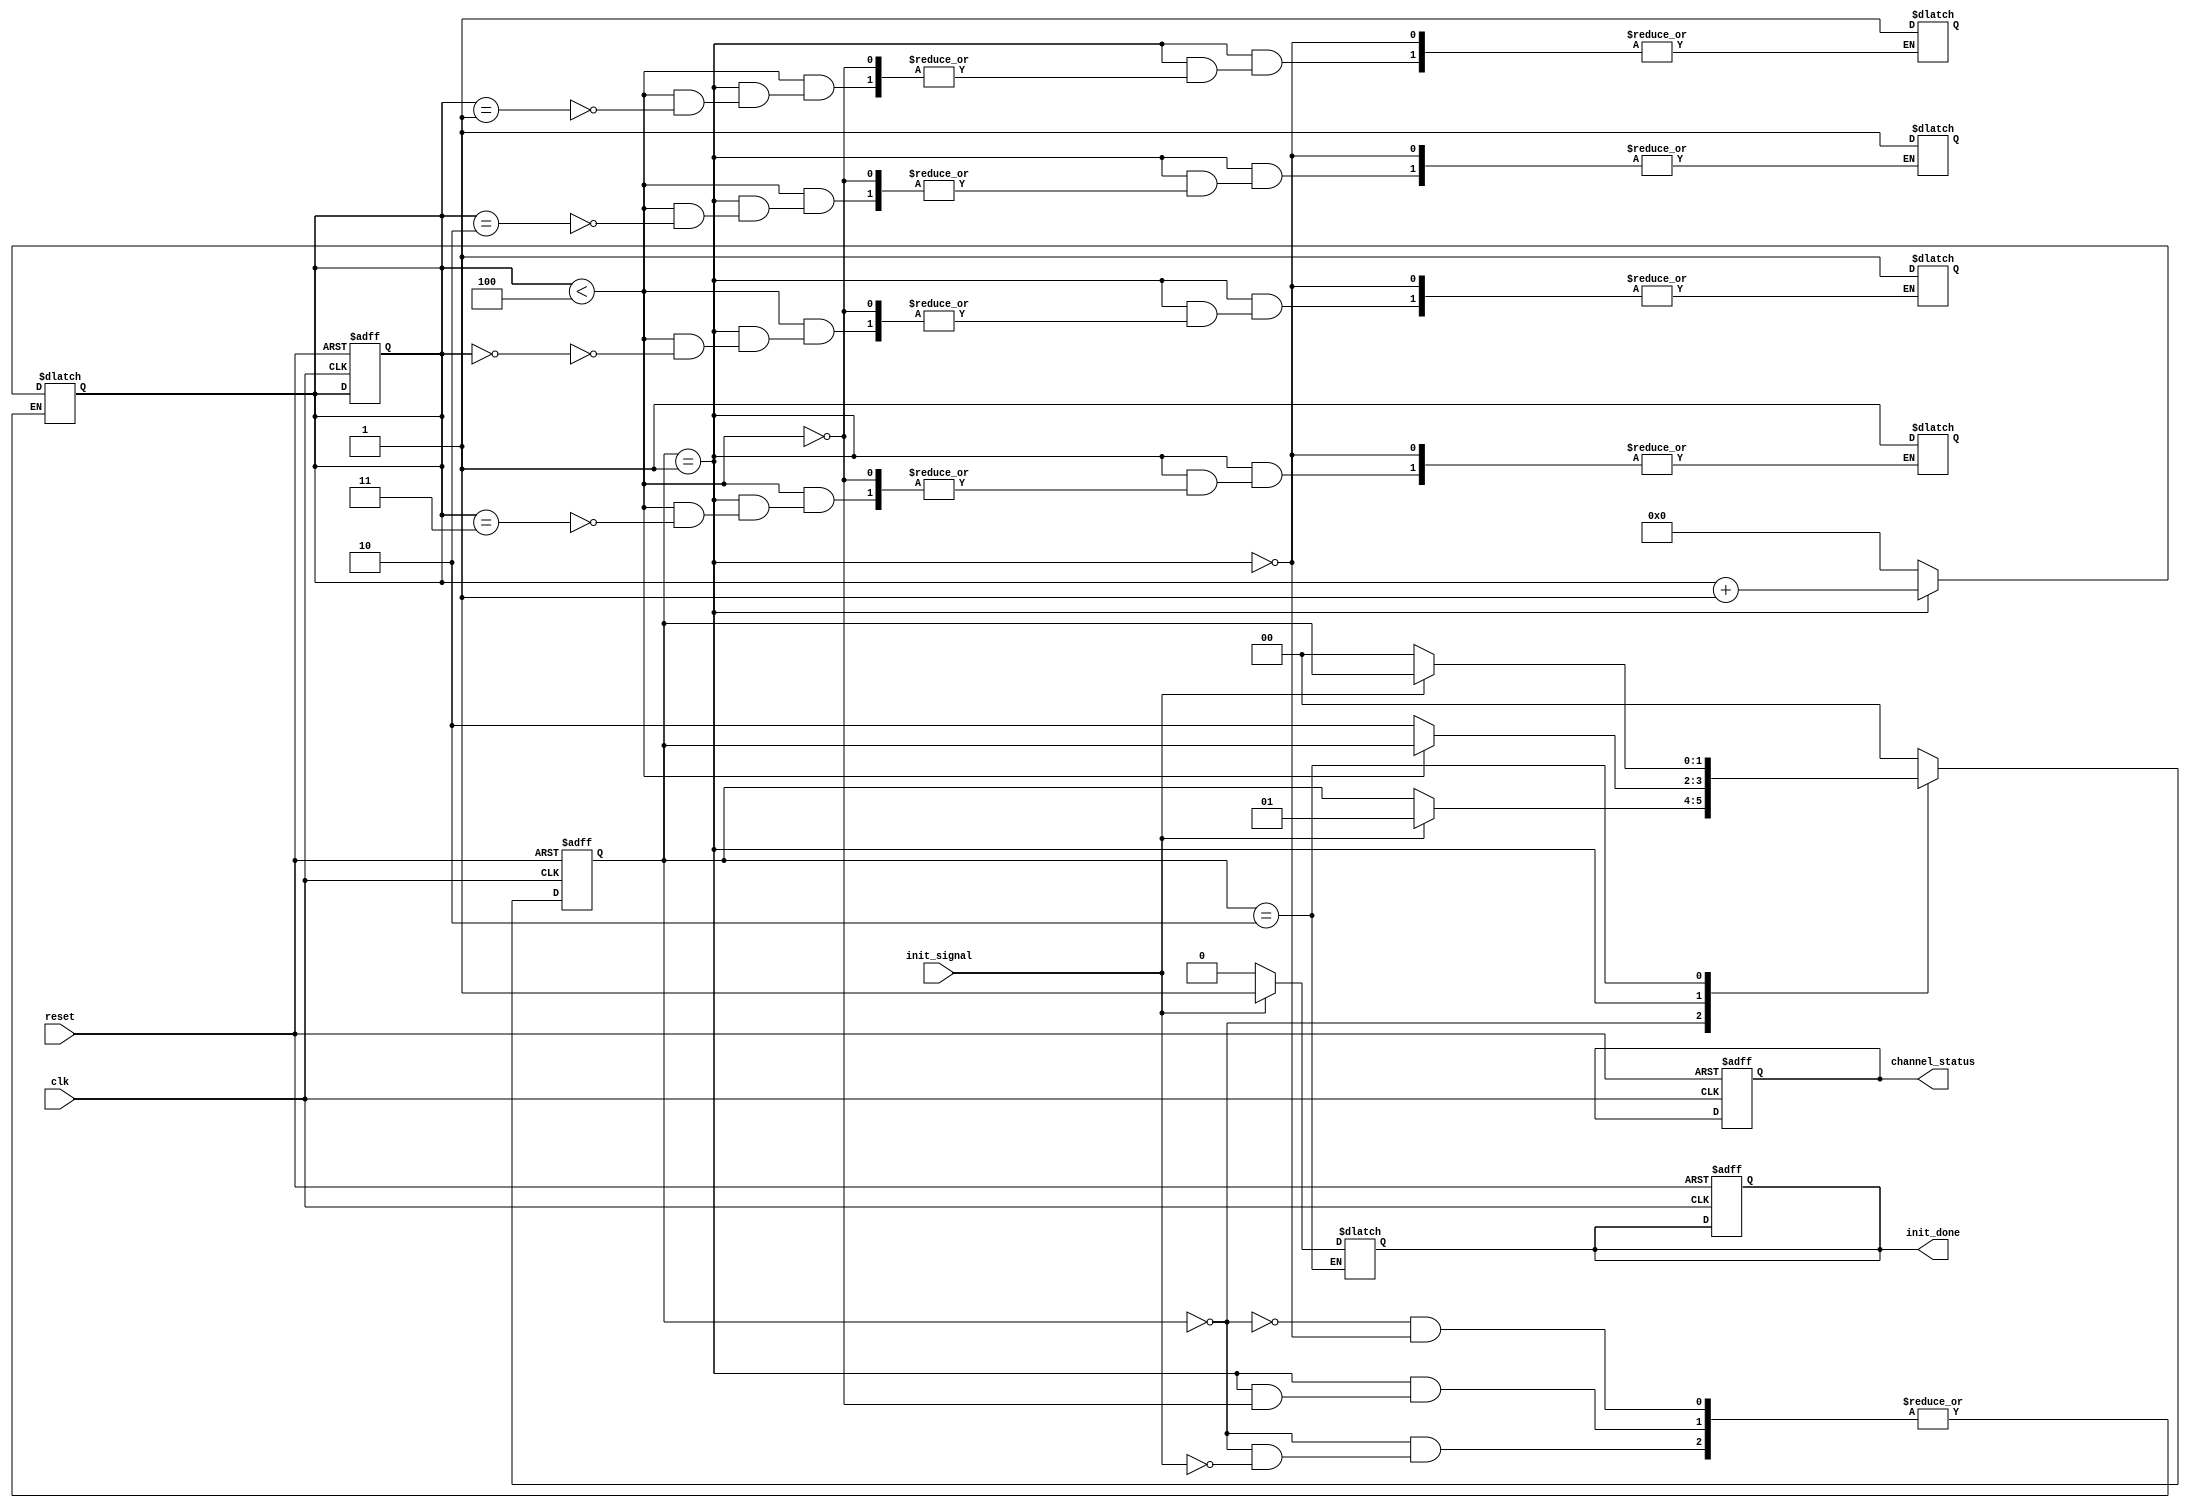
module multi_channel_init #(
    parameter CHANNEL_COUNT = 4 // Parameter to specify the number of channels
)(
    input wire clk,               // Clock signal
    input wire reset,             // Active-high reset signal
    input wire init_signal,       // Control signal to trigger initialization
    output reg [CHANNEL_COUNT-1:0] channel_status, // Status of each channel
    output reg init_done          // Initialization complete flag
);

    // Internal signals
    reg [1:0] state;              // FSM state
    reg [1:0] next_state;         // Next state for FSM
    reg [3:0] current_channel;     // Current channel index

    // State encoding
    localparam IDLE        = 2'b00;
    localparam INITIALIZE  = 2'b01;
    localparam DONE        = 2'b10;

    // Sequential logic for state transitions
    always @(posedge clk or posedge reset) begin
        if (reset) begin
            state <= IDLE;
            channel_status <= 0; // Reset all channel statuses
            init_done <= 0;      // Reset initialization done flag
            current_channel <= 0; // Reset current channel index
        end else begin
            state <= next_state;
        end
    end

    // Combinational logic for next state and channel initialization
    always @(*) begin
        next_state = state; // Default to current state
        case (state)
            IDLE: begin
                if (init_signal) begin
                    next_state = INITIALIZE; // Move to initialization state
                    current_channel = 0;      // Start with the first channel
                end
            end
            
            INITIALIZE: begin
                if (current_channel < CHANNEL_COUNT) begin
                    channel_status[current_channel] = 1'b1; // Set channel as initialized
                    current_channel = current_channel + 1; // Move to the next channel
                end else begin
                    next_state = DONE; // All channels initialized
                end
            end
            
            DONE: begin
                init_done = 1'b1; // Set initialization done flag
                if (!init_signal) begin
                    next_state = IDLE; // Go back to IDLE state if init_signal is deasserted
                    init_done = 1'b0;  // Reset initialization done flag
                end
            end
            
            default: begin
                next_state = IDLE; // Default case to avoid latches
            end
        endcase
    end

endmodule